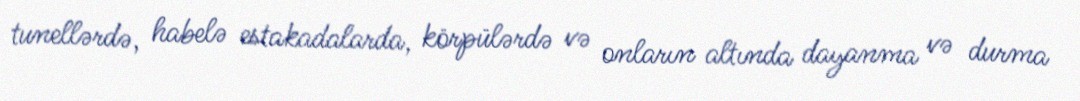
tunellərdə, habelə estakadalarda, körpülərdə və onların altında dayanma və durma